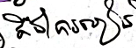
គឺជាការរៀន